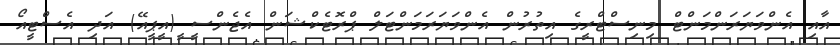
އާއި އެންވަޔަރަންމަންޓް މިނިސްޓްރީގެ އިތުރުން އެންވަޔަރަމަންޓަލް ޕްރޮޓެކްޝަން އެޖެންސީ ީ(އީޕީއޭ) އަދި އެސްޓީއޯ